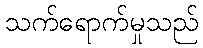
သက်ရောက်မှုသည်